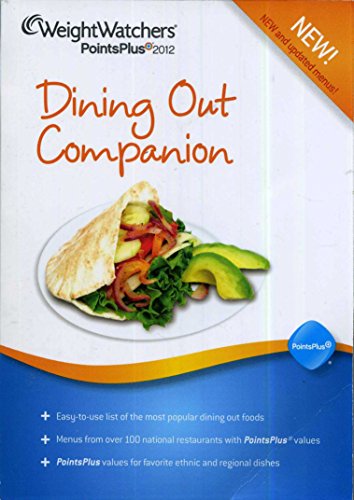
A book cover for Weight Watchers PointsPlus Plan 2012 Dining Out Companion Book Points Plus (2012); Health, Fitness & Dieting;